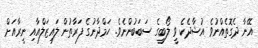
އޭނާ ދެގޮތެއްނުވެ އުޝާދެކެ ވީ ލޯބީގެ ސަބަބުންނެވެ. ހަމްދާނުގެ ފަރާތުން ލައިޒަލްއާއި ނީރާއަށް